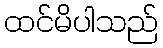
ထင်မိပါသည်